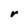
Character: r